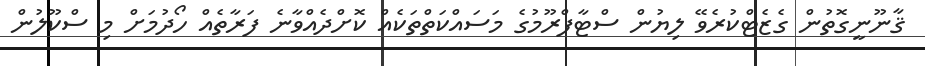
ޤާނޫނީގޮތުން ގެޒެޓްކުރެވޭ ލިޔުން ސްޓާފްރޫމުގެ މަސައްކަތްތަކެއް ކޮށްދެއްވާނެ ފަރާތެއް ހޯދުމަށް މި ސްކޫލުން